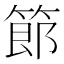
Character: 𫂉